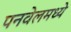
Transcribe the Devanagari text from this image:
पनवेलमध्ये